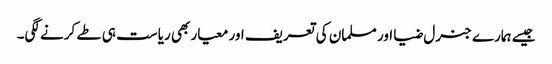
جیسے ہمارے جنرل ضیا اور مسلمان کی تعریف اور معیار بھی ریاست ہی طے کرنے لگی۔